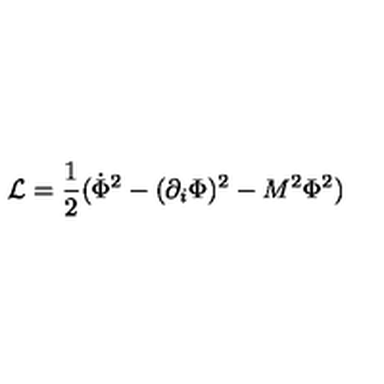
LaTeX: { \cal L } = \frac { 1 } { 2 } ( \dot { \Phi } ^ { 2 } - ( \partial _ { i } \Phi ) ^ { 2 } - M ^ { 2 } \Phi ^ { 2 } )